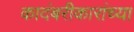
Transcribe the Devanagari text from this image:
कादंबरीकारांच्या